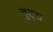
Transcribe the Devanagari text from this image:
बुट्च